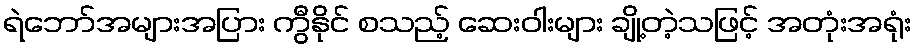
ရဲဘော်အများအပြား ကွီနိုင် စသည့် ဆေးဝါးများ ချို့တဲ့သဖြင့် အတုံးအရုံး